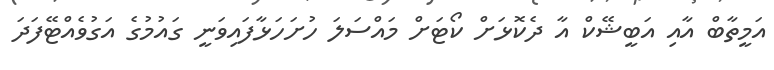
އަމީތާބް އާއި އަބީޝޭކް އާ ދެކޮޅަށް ކޯޓަށް މައްސަލަ ހުށަހަޅާފައިވަނީ ގައުމުގެ އަގުވެއްޓޭފަދަ